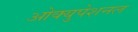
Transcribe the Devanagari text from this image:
ओक्युपेशनल